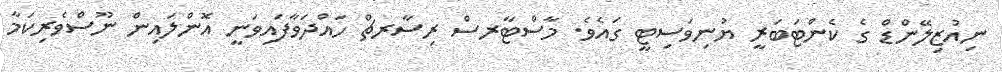
ނިއުޒިލޭންޑް ގެ ކެންޓަބަރީ ޔުނިވަސިޓީ ގައެވެ. މާސްޓާރސް ރިސާރޗް ހައްދަވާފައިވަނީ އޮންލައިން ނޫސްވެރިކަމާ